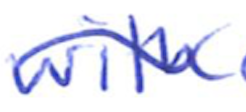
Text: with
Cross-out: wave
Writing tool: ballpoint